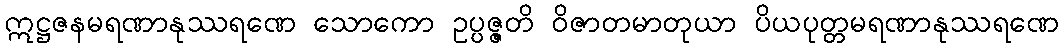
ဣဋ္ဌဇနမရဏာနုဿရဏေ သောကော ဥပ္ပဇ္ဇတိ ဝိဇာတမာတုယာ ပိယပုတ္တမရဏာနုဿရဏေ